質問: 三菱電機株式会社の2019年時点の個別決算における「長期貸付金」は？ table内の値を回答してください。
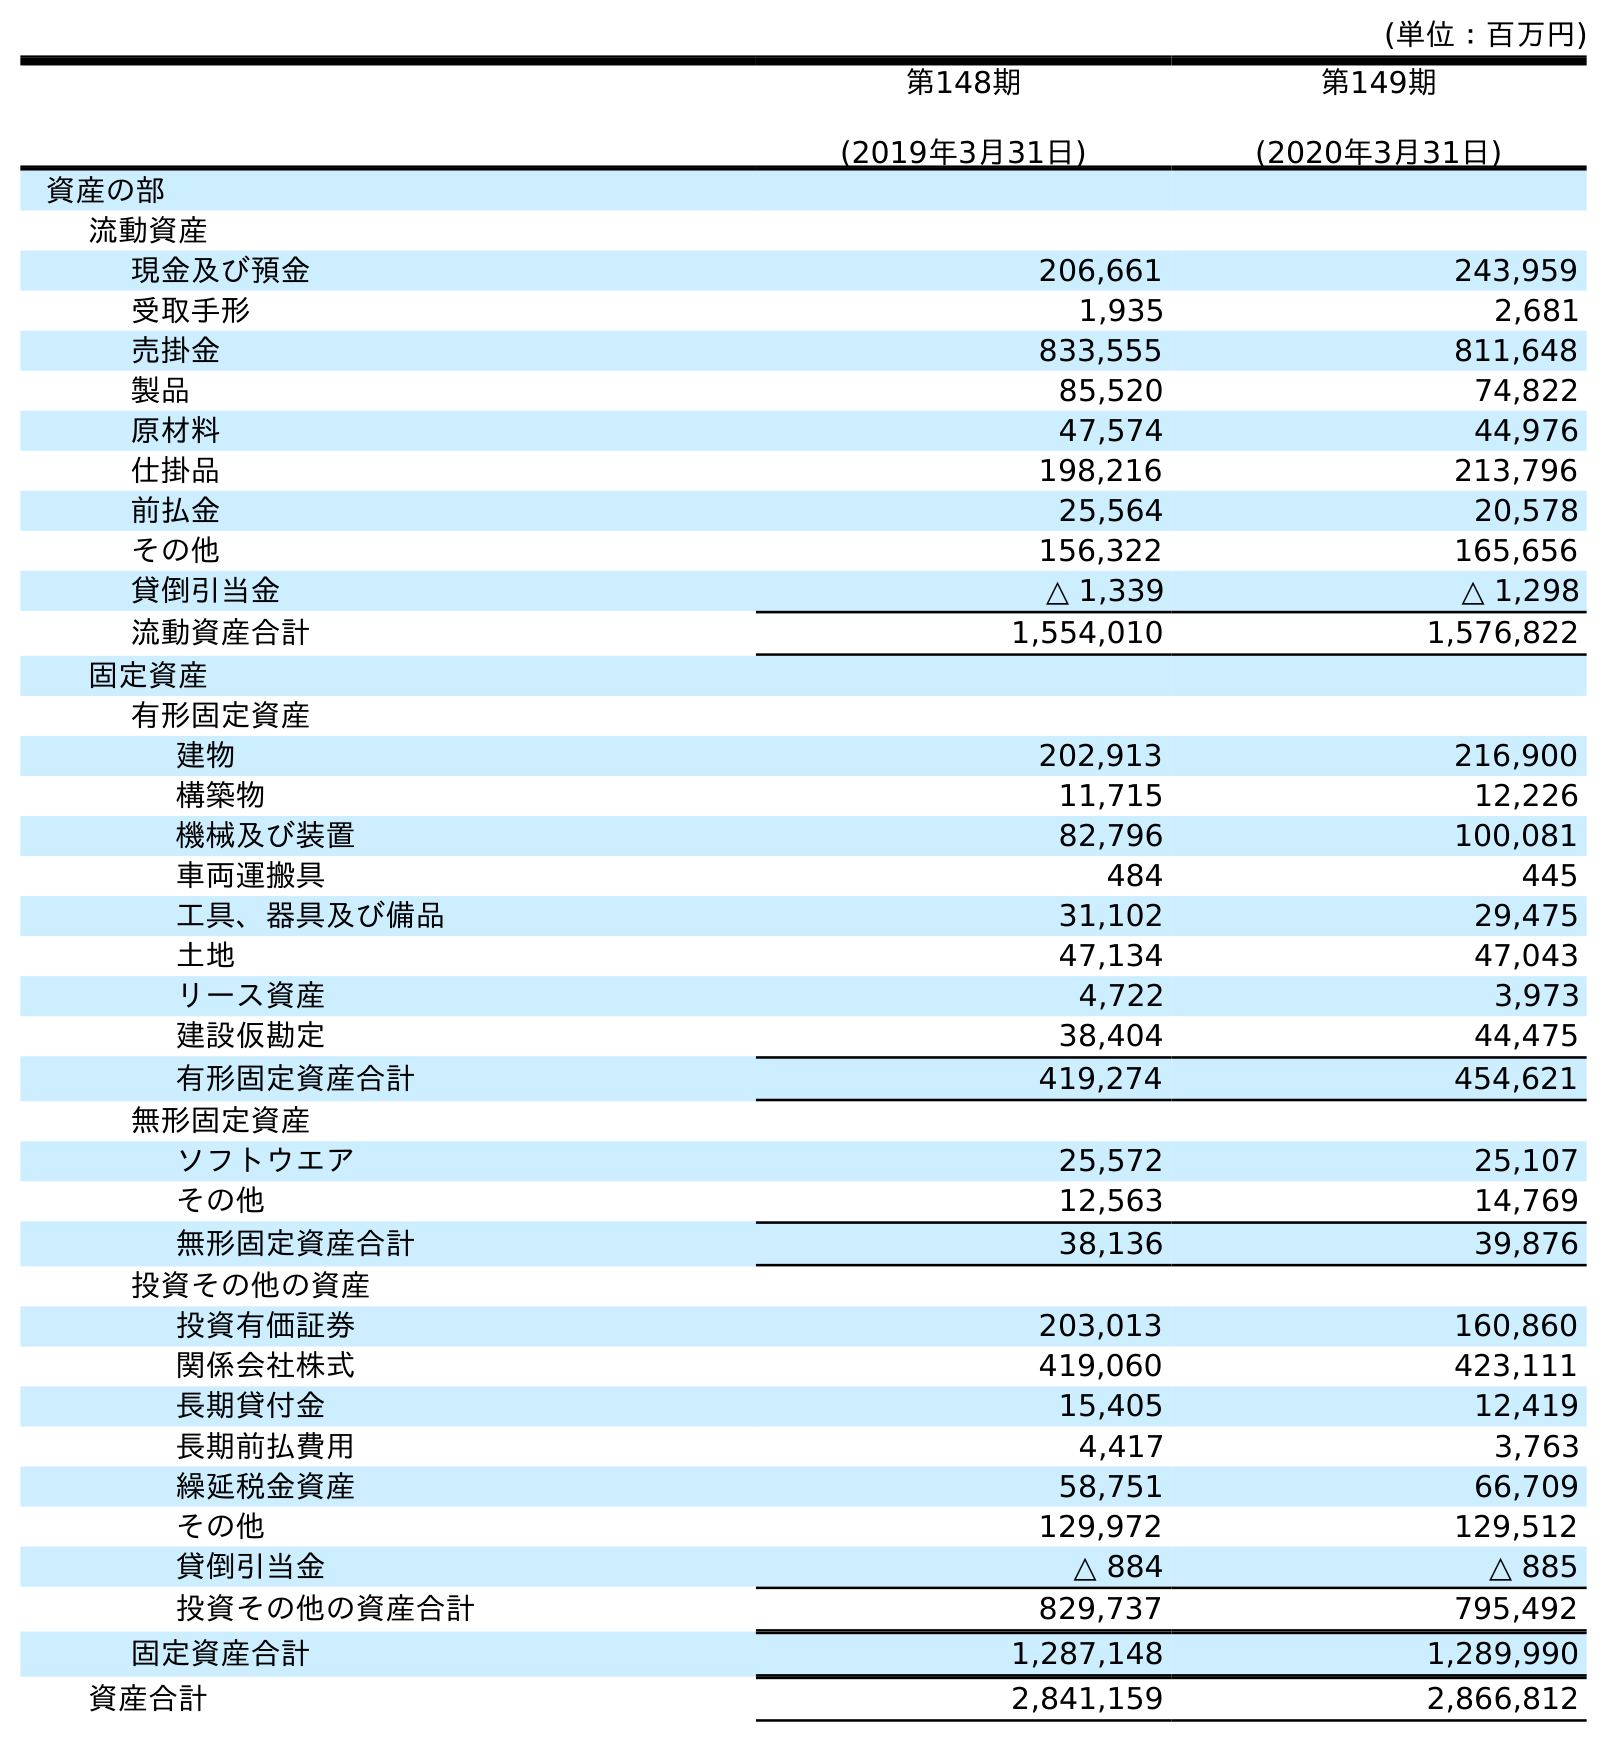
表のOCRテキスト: (単位：百万円) 第148期 (2019年3月31日) 第149期 (2020年3月31日) 資産の部 流動資産 現金及び預金 206,661 243,959 受取手形 1,935 2,681 売掛金 833,555 811,648 製品 85,520 74,822 原材料 47,574 44,976 仕掛品 198,216 213,796 前払金 25,564 20,578 その他 156,322 165,656 貸倒引当金 △ 1,339 △ 1,298 流動資産合計 1,554,010 1,576,822 固定資産 有形固定資産 建物 202,913 216,900 構築物 11,715 12,226 機械及び装置 82,796 100,081 車両運搬具 484 445 工具、器具及び備品 31,102 29,475 土地 47,134 47,043 リース資産 4,722 3,973 建設仮勘定 38,404 44,475 有形固定資産合計 419,274 454,621 無形固定資産 ソフトウエア 25,572 25,107 その他 12,563 14,769 無形固定資産合計 38,136 39,876 投資その他の資産 投資有価証券 203,013 160,860 関係会社株式 419,060 423,111 長期貸付金 15,405 12,419 長期前払費用 4,417 3,763 繰延税金資産 58,751 66,709 その他 129,972 129,512 貸倒引当金 △ 884 △ 885 投資その他の資産合計 829,737 795,492 固定資産合計 1,287,148 1,289,990 資産合計 2,841,159 2,866,812
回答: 15,405